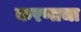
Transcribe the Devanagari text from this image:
करणाचा